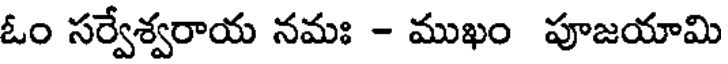
ఓం సర్వేశ్వరాయ నమః - ముఖం పూజయామి